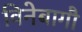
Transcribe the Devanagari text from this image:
विनेबागौ